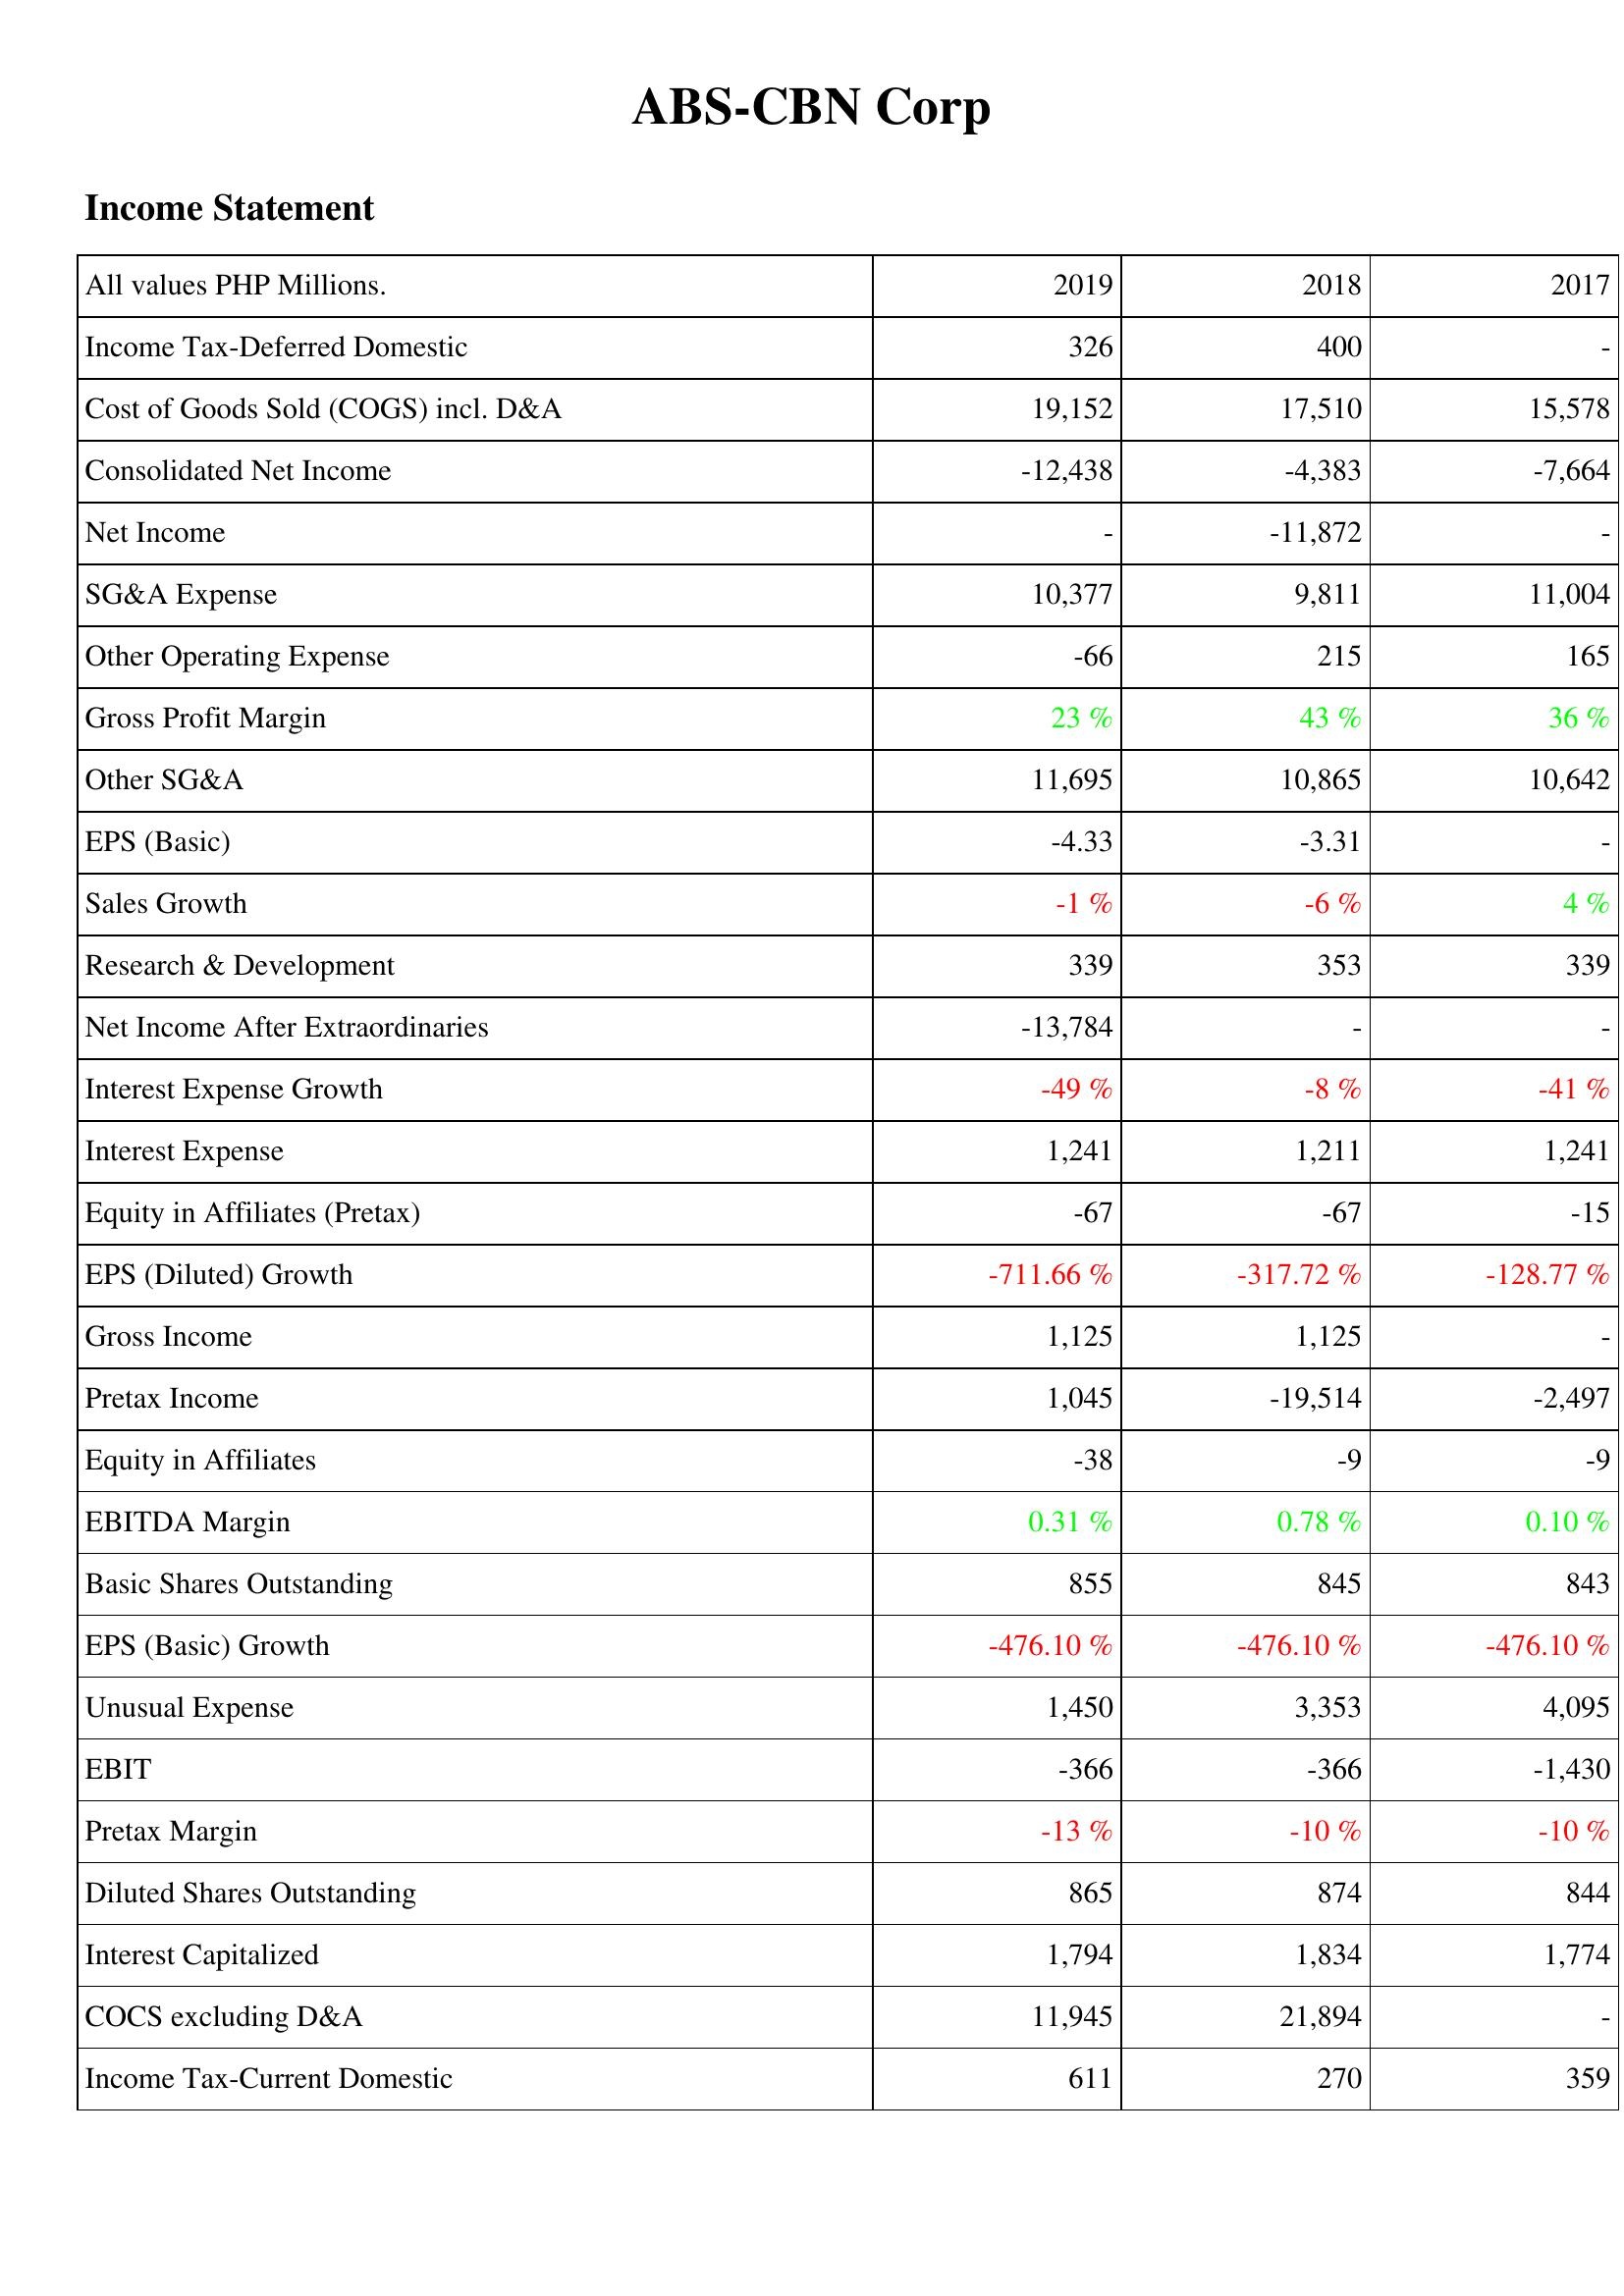
2019: Income Statement: Income Tax-Deferred Domestic: 326
Cost of Goods Sold (COGS) incl. D&A: 19,152
Consolidated Net Income: -12,438
Net Income: -
SG&A Expense: 10,377
Other Operating Expense: -66
Gross Profit Margin: 23 %
Other SG&A: 11,695
EPS (Basic): -4.33
Sales Growth: -1 %
Research & Development: 339
Net Income After Extraordinaries: -13,784
Interest Expense Growth: -49 %
Interest Expense: 1,241
Equity in Affiliates (Pretax): -67
EPS (Diluted) Growth: -711.66 %
Gross Income: 1,125
Pretax Income: 1,045
Equity in Affiliates: -38
EBITDA Margin: 0.31 %
Basic Shares Outstanding: 855
EPS (Basic) Growth: -476.10 %
Unusual Expense: 1,450
EBIT: -366
Pretax Margin: -13 %
Diluted Shares Outstanding: 865
Interest Capitalized: 1,794
COCS excluding D&A: 11,945
Income Tax-Current Domestic: 611
2018: Income Statement: Income Tax-Deferred Domestic: 400
Cost of Goods Sold (COGS) incl. D&A: 17,510
Consolidated Net Income: -4,383
Net Income: -11,872
SG&A Expense: 9,811
Other Operating Expense: 215
Gross Profit Margin: 43 %
Other SG&A: 10,865
EPS (Basic): -3.31
Sales Growth: -6 %
Research & Development: 353
Net Income After Extraordinaries: -
Interest Expense Growth: -8 %
Interest Expense: 1,211
Equity in Affiliates (Pretax): -67
EPS (Diluted) Growth: -317.72 %
Gross Income: 1,125
Pretax Income: -19,514
Equity in Affiliates: -9
EBITDA Margin: 0.78 %
Basic Shares Outstanding: 845
EPS (Basic) Growth: -476.10 %
Unusual Expense: 3,353
EBIT: -366
Pretax Margin: -10 %
Diluted Shares Outstanding: 874
Interest Capitalized: 1,834
COCS excluding D&A: 21,894
Income Tax-Current Domestic: 270
2017: Income Statement: Income Tax-Deferred Domestic: -
Cost of Goods Sold (COGS) incl. D&A: 15,578
Consolidated Net Income: -7,664
Net Income: -
SG&A Expense: 11,004
Other Operating Expense: 165
Gross Profit Margin: 36 %
Other SG&A: 10,642
EPS (Basic): -
Sales Growth: 4 %
Research & Development: 339
Net Income After Extraordinaries: -
Interest Expense Growth: -41 %
Interest Expense: 1,241
Equity in Affiliates (Pretax): -15
EPS (Diluted) Growth: -128.77 %
Gross Income: -
Pretax Income: -2,497
Equity in Affiliates: -9
EBITDA Margin: 0.10 %
Basic Shares Outstanding: 843
EPS (Basic) Growth: -476.10 %
Unusual Expense: 4,095
EBIT: -1,430
Pretax Margin: -10 %
Diluted Shares Outstanding: 844
Interest Capitalized: 1,774
COCS excluding D&A: -
Income Tax-Current Domestic: 359